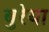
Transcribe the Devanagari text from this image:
बुरेया